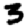
Digit: 3